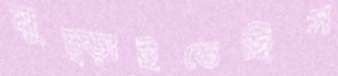
মুচ্‌ড়াইতেছিস